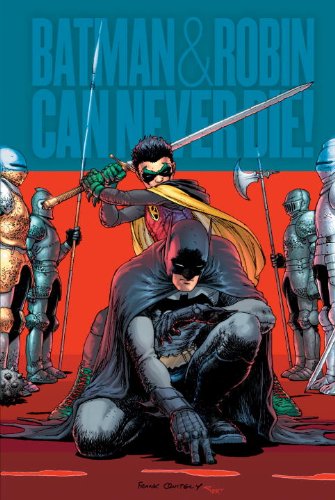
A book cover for Absolute Batman & Robin: Batman Reborn; Grant Morrison; Comics & Graphic Novels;